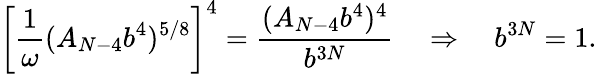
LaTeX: \left[\frac{1}{\omega}(A_{N-4}b^{4})^{5/8}\right]^{4}=\frac{(A_{N-4}b^{4})^{4}}{b^{3N}}\quad\Rightarrow\quad b^{3N}=1.